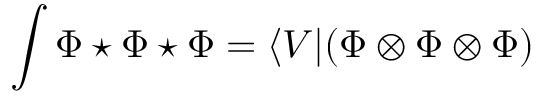
\int \Phi \star \Phi \star \Phi = \langle V | ( \Phi \otimes \Phi \otimes \Phi )